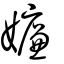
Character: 嬚